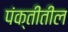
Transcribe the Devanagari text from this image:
पंक्तीतील